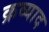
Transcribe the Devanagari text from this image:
क्रव्याद